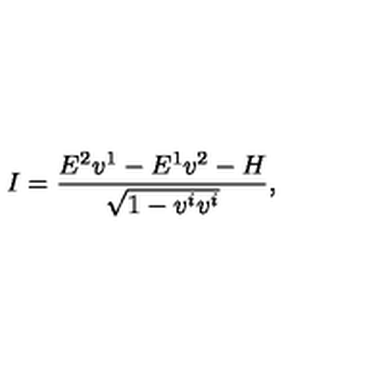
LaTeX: I = \frac { E ^ { 2 } v ^ { 1 } - E ^ { 1 } v ^ { 2 } - H } { \sqrt { 1 - v ^ { i } v ^ { i } } } ,